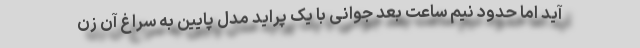
آید اما حدود نیم ساعت بعد جوانی با یک پراید مدل پایین به سراغ آن زن